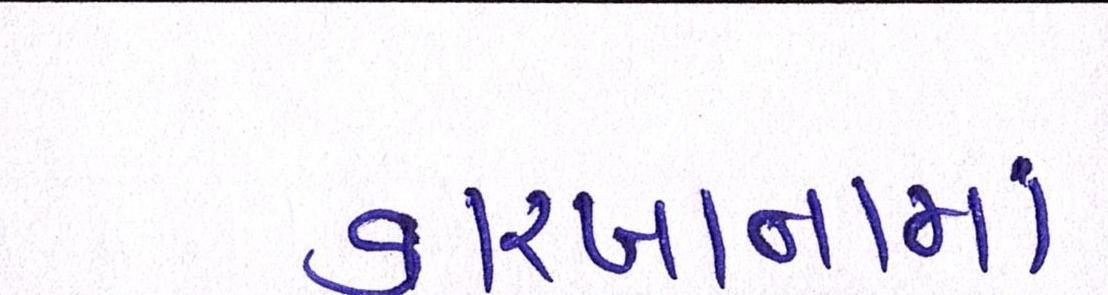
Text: કારખાનામાં